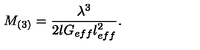
M _ { ( 3 ) } = \frac { \lambda ^ { 3 } } { 2 l G _ { e f f } l _ { e f f } ^ { 2 } } .